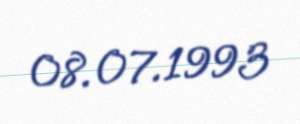
08.07.1993